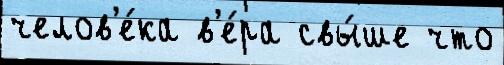
челов'е́ка в'е́ра свы́ше что